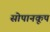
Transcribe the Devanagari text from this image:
सोपानकूप